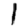
Digit: 1